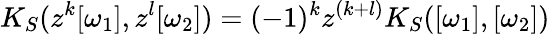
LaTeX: K_{S}(z^{k}[\omega_{1}],z^{l}[\omega_{2}])=(-1)^{k}z^{(k+l)}K_{S}([\omega_{1}],[\omega_{2}])